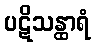
ပဋိသန္ထာရံ